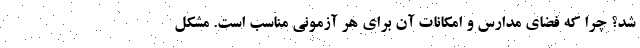
شد؟ چرا که فضای مدارس و امکانات آن برای هر آزمونی مناسب است. مشکل